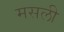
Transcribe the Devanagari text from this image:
मसली